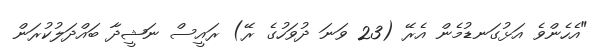
"އެހެންވެ އަޅުގަނޑުމެން އެރޭ (23 ވަނަ ދުވަހުގެ ރޭ) ރައީސް ނަޝީދާ ބައްދަލުކުރަން